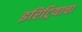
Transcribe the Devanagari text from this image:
इरिट्रियाचा